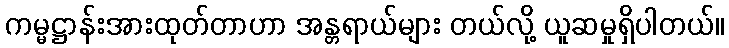
ကမ္မဋ္ဌာန်းအားထုတ်တာဟာ အန္တရာယ်များ တယ်လို့ ယူဆမှုရှိပါတယ်။